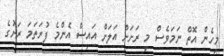
މިހެން އޮތް ނަމަވެސް މި ރަށަށް އަލަށް އައިސް އެންމެ ފުރަތަމަ ރަށުގެ